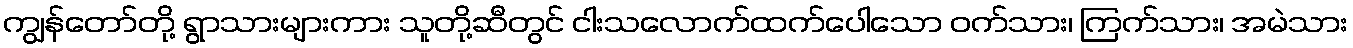
ကျွန်တော်တို့ ရွာသားများကား သူတို့ဆီတွင် ငါးသလောက်ထက်ပေါသော ဝက်သား၊ ကြက်သား၊ အမဲသား